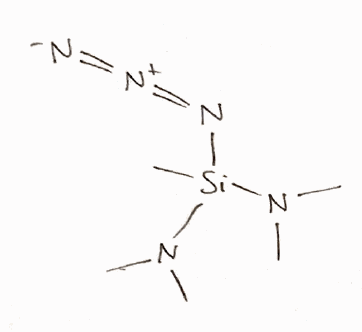
Simplified molecular-input line-entry system (SMILES) notation of the given molecule:
CN(C)[Si](C)(N=[N+]=[N-])N(C)C